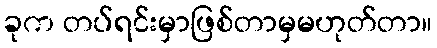
ခုက တပ်ရင်းမှာဖြစ်တာမှမဟုတ်တာ။